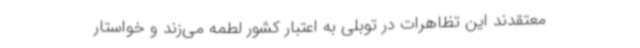
معتقدند این تظاهرات در توبلی به اعتبار کشور لطمه می‌زند و خواستار